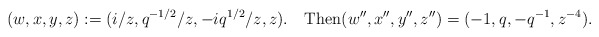
\begin{align*}(w,x,y,z):=(i/z,q^{-1/2}/z,-iq^{1/2}/z,z).\quad\mbox{Then}(w'',x'',y'',z'')=(-1,q,-q^{-1},z^{-4}).\end{align*}